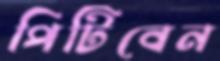
পিটিবেন